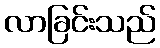
လာခြင်းသည်